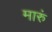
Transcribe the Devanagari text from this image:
मारुं